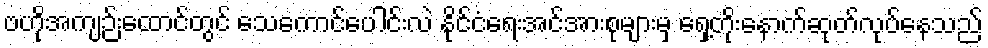
ဗဟိုအကျဉ်းထောင်တွင် သေကောင်ပေါင်းလဲ နိုင်ငံရေးအင်အားစုများမှ ရှေ့တိုးနောက်ဆုတ်လုပ်နေသည်